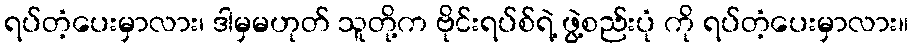
ရပ်တံ့ပေးမှာလား၊ ဒါမှမဟုတ် သူတို့က ဗိုင်းရပ်စ်ရဲ့ ဖွဲ့စည်းပုံ ကို ရပ်တံ့ပေးမှာလား။